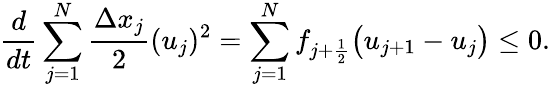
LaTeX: \frac{d}{dt}\sum_{j=1}^{N}\frac{\Delta x_{j}}{2}(u_{j})^{2}=\sum_{j=1}^{N}f_{j+\frac{1}{2}}\big(u_{j+1}-u_{j}\big)\le 0.